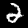
Label: 2